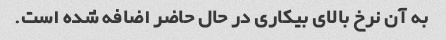
به آن نرخ بالای بیکاری در حال حاضر اضافه شده است.